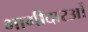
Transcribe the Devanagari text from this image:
भागीदारओं